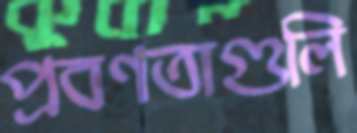
প্রবণতাগুলি